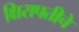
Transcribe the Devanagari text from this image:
क्षिरापतीचे